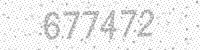
Solution: 677472